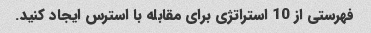
فهرستی از 10 استراتژی برای مقابله با استرس ایجاد کنید.